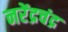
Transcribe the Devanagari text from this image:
नरेंद्रचंद्र